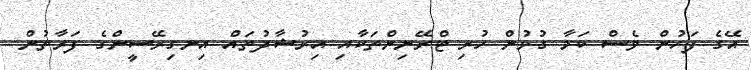
އޭގެ ފަހުން ވެސް ކަމާ ގުޅުން ހުރި ޓްރޭނިންތަކާއި އިރުޝާދުތައް އިނގިރޭސީންގެ ފަރާތުން